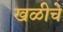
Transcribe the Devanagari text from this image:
खळीचे